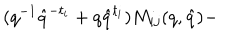
LaTeX: ( q ^ { - 1 } \hat { q } ^ { - t _ { i } } + q \hat { q } ^ { t _ { i } } ) M _ { i j } ( q , \hat { q } ) -